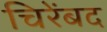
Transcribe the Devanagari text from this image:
चिरेंबद